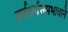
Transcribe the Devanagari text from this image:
सर्वधर्मसमभावाने